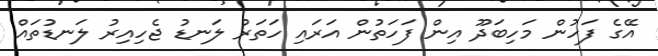
އޭގެ ފަހުން މަހިބަދޫ އިން ފަހަތުން އަރައި ހަތަރު ލަނޑު ޖެހިއިރު ލަނޑުތައް